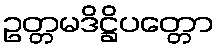
ဥတ္တမဒိဋ္ဌိပတ္တော